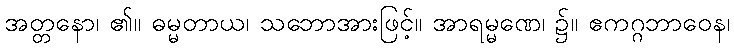
အတ္တနော၊ ၏။ ဓမ္မတာယ၊ သဘောအားဖြင့်။ အာရမ္မဏေ၊ ၌။ ဧကဂ္ဂဘာဝေန၊